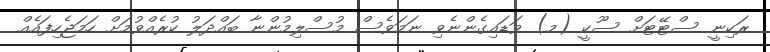
ރަކިނީ ސްޓޭޓަށް ސޫކީ (މ) ވަޑައިގެންނެވި ނަމަވެސް މުސްލިމުންނާ ބައްދަލު ކުރެއްވުމަށް ހަމަޖެހިފައެއް